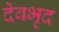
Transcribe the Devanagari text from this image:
देवभृद